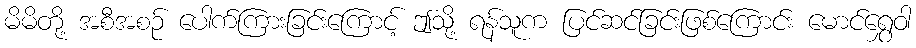
မိမိတို့ အစီအစဉ် ပေါက်ကြားခြင်းကြောင့် ဤသို့ ရန်သူက ပြင်ဆင်ခြင်းဖြစ်ကြောင်း မောင်ရွှေဝါ